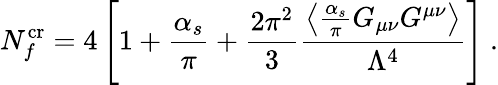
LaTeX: N_{f}^{\mathrm{cr}}=4\left[1+\frac{\alpha_{s}}{\pi}+\frac{2\pi^{2}}{3}\frac{\left\langle\frac{\alpha_{s}}{\pi}G_{\mu\nu}G^{\mu\nu}\right\rangle}{\Lambda^{4}}\right]\ .